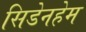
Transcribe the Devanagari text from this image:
सिडेनहेम